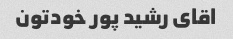
اقای رشید پور خودتون